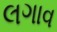
લગાવ